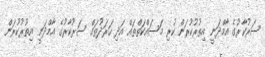
ސަރުކާރުގެ އާމްދަނީ އިތުރުކުރަން ކުރި މަސައްކަތްތައް އަދި ހަރަދުތައް ސަރުކާރުގެ އާމްދަނީ އިތުރުކުރަން